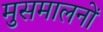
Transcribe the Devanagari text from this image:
मुसमालनों